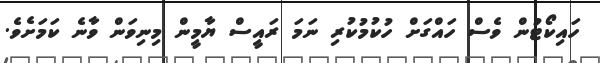
ހައިކޯޓުން ވެސް ހައްގަށް ހުކުމުކުރި ނަމަ ރައީސް ޔާމީން މިނިވަން ވާނެ ކަމަށެވެ.